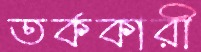
তর্ককারী